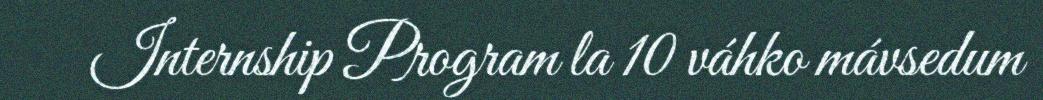
Internship Program la 10 váhko mávsedum